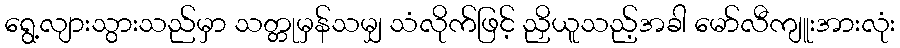
ရွေ့လျားသွားသည်မှာ သတ္တုမှန်သမျှ သံလိုက်ဖြင့် ညှိယူသည့်အခါ မော်လီကျူးအားလုံး